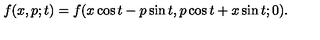
f ( x , p ; t ) = f ( x \cos t - p \sin t , p \cos t + x \sin t ; 0 ) .